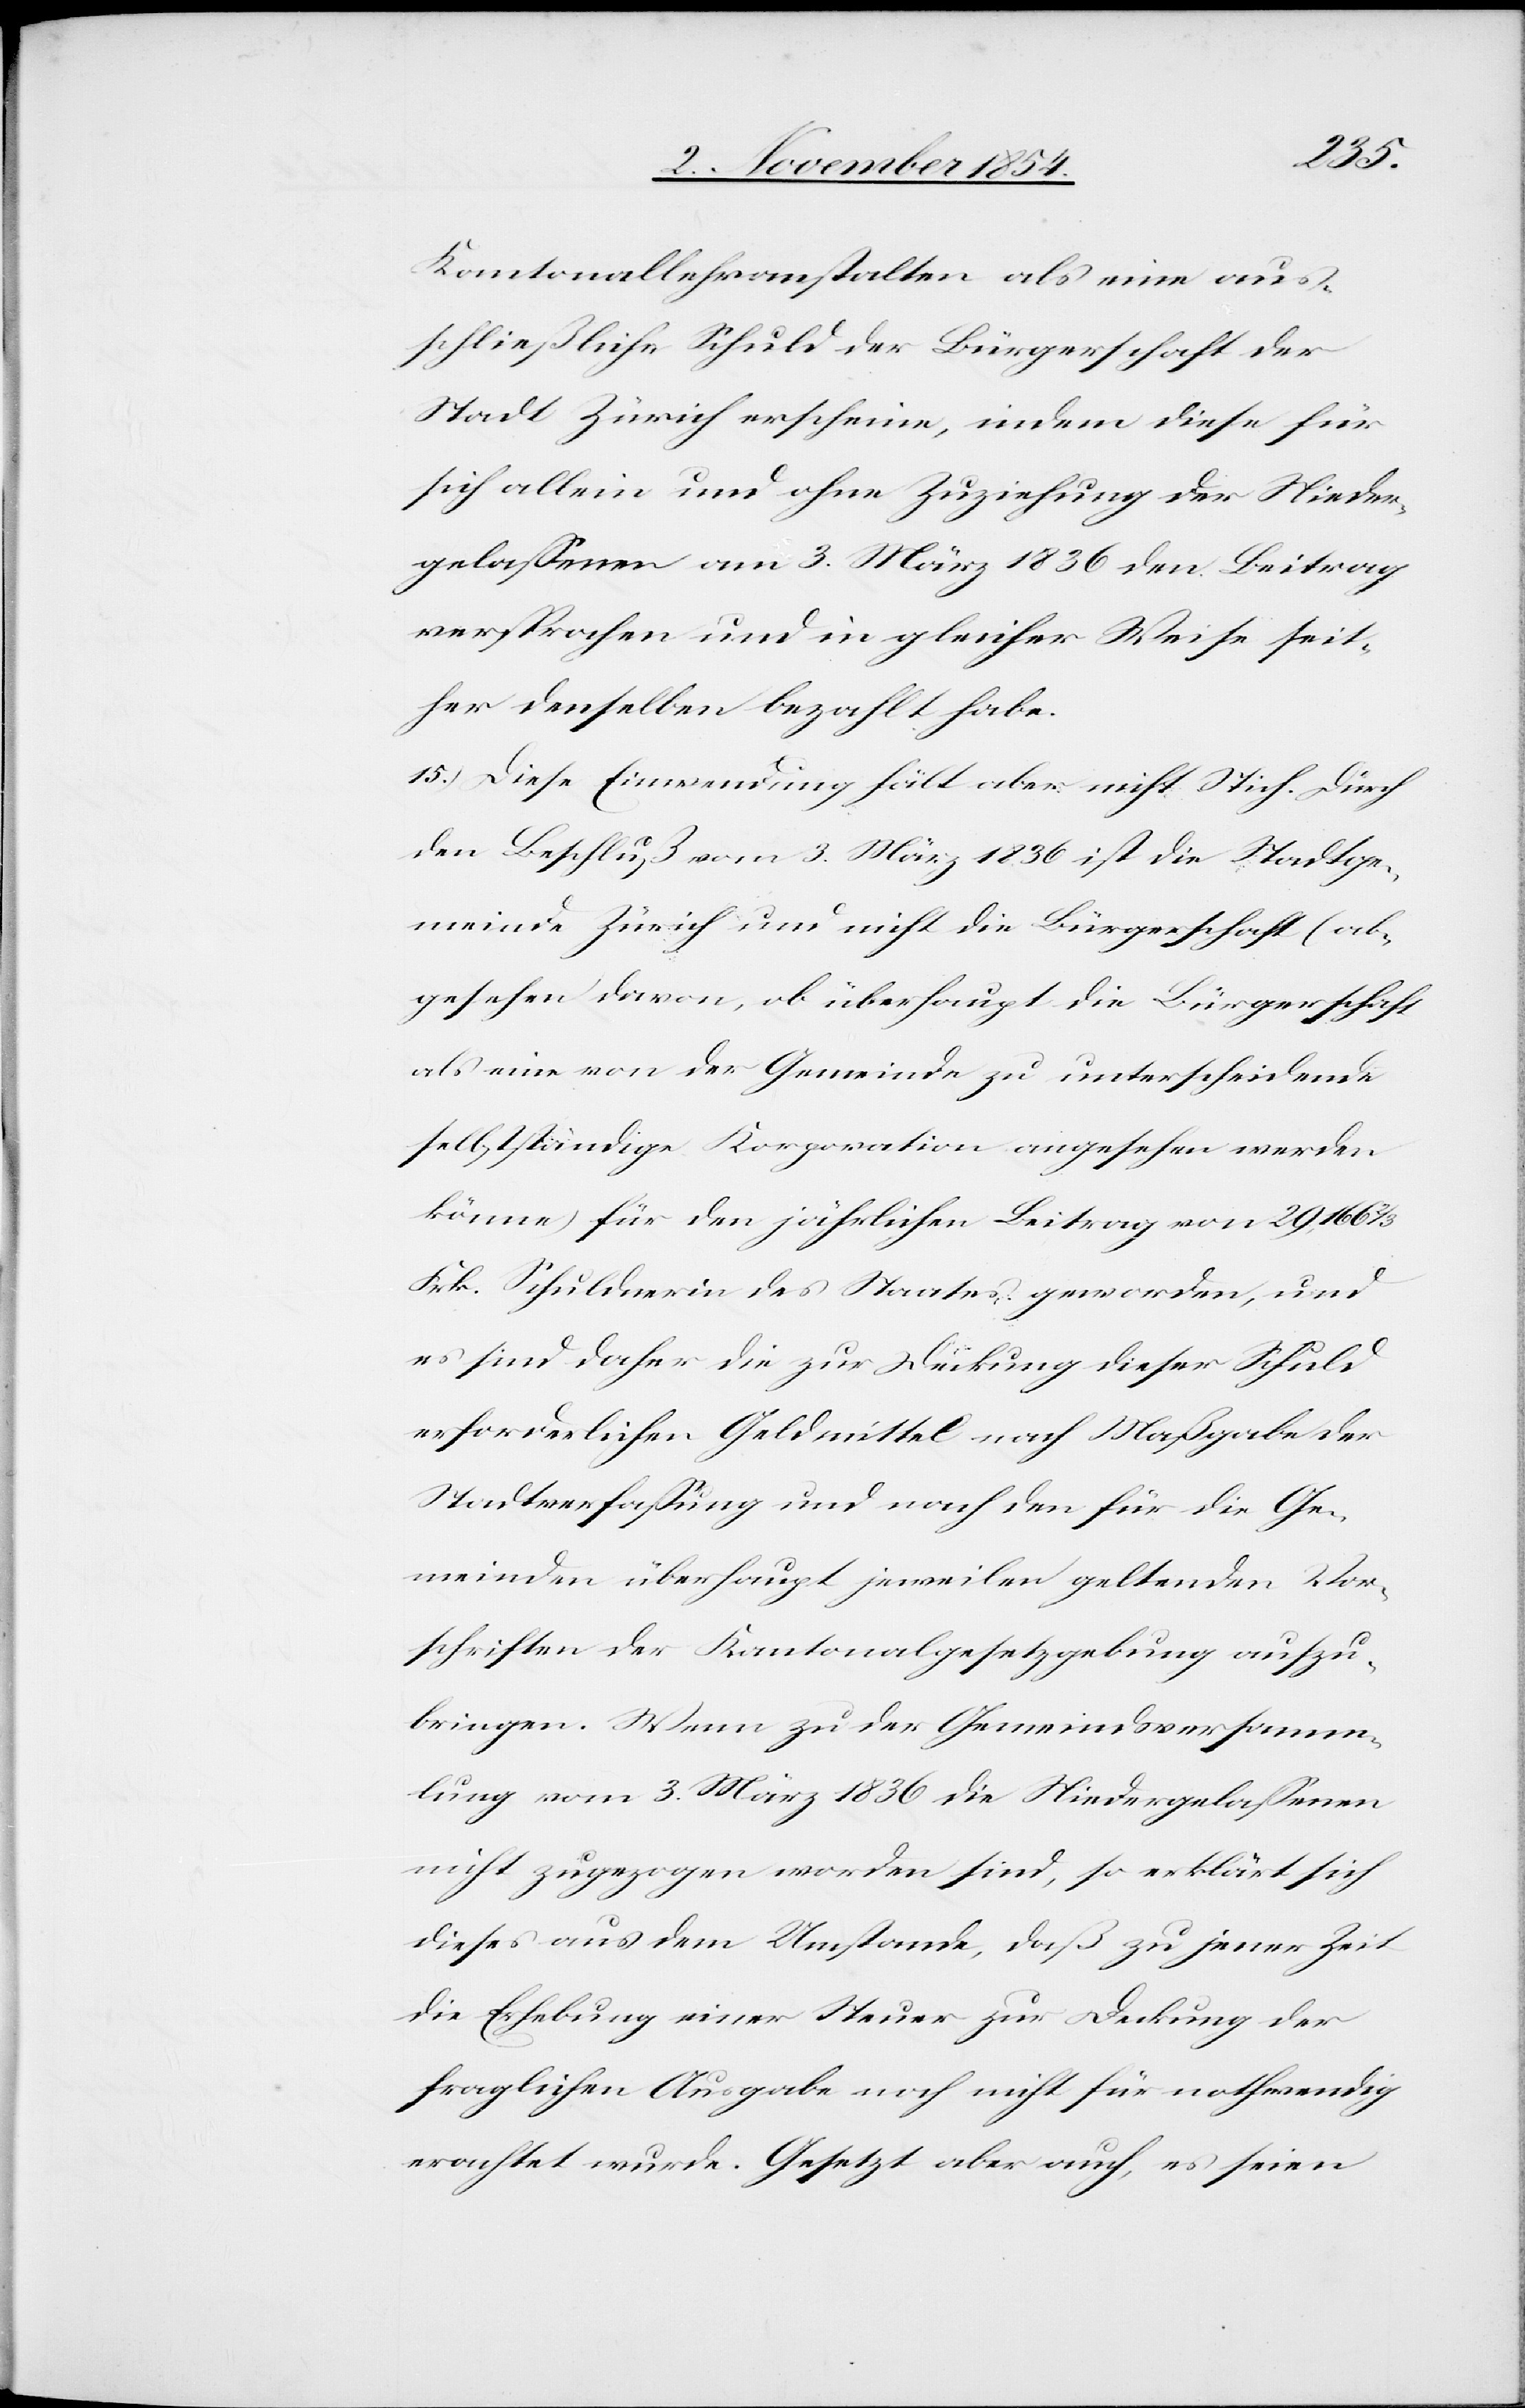
Kantonallehranstalten als eine aus¬
schließliche Schuld der Bürgerschaft der
Stadt Zürich erscheine, indem diese für
sich allein und ohne Zuziehung der Nieder¬
gelaßenen am 3. März 1836 den Beitrag
versprachen und in gleicher Weise seit¬
her denselben bezahlt habe.
15.) Diese Einwendung hält aber nicht Stich. Durch
den Beschluß vom 3. März 1836 ist die Stadtge¬
meinde Zürich und nicht die Bürgerschaft (ab¬
gesehen davon, ob überhaupt die Bürgerschaft
als eine von der Gemeinde zu unterscheidende
selbständige Korporation angesehen werden
könne) für den jährlichen Beitrag von 29,166 2/3
Frk. Schuldnerin des Staates geworden, und
es sind daher die zur Deckung dieser Schuld
erforderlichen Geldmittel nach Maßgabe der
Stadtverfaßung und nach den für die Ge¬
meinden überhaupt jeweilen geltenden Vor¬
schriften der Kantonalgesetzgebung aufzu¬
bringen. Wenn zu der Gemeindsversamm¬
lung vom 3. März 1836 die Niedergelaßenen
nicht zugezogen worden sind, so erklärt sich
dieses aus dem Umstande, daß zu jener Zeit
die Erhebung einer Steuer zur Deckung der
fraglichen Ausgabe noch nicht für nothwendig
erachtet wurde. Gesetzt aber auch, es seien